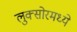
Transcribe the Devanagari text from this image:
लुक्सोरमध्ये